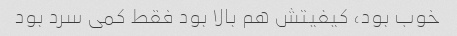
خوب بود، کیفیتش هم بالا بود فقط کمی سرد بود